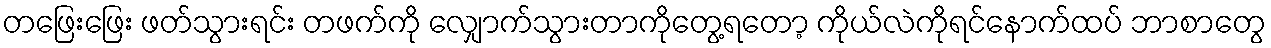
တဖြေးဖြေး ဖတ်သွားရင်း တဖက်ကို လျှောက်သွားတာကိုတွေ့ရတော့ ကိုယ်လဲကိုရင်နောက်ထပ် ဘာစာတွေ